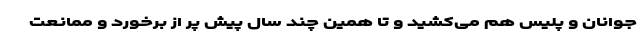
جوانان و پلیس هم می‌کشید و تا همین چند سال پیش پُر از برخورد و ممانعت